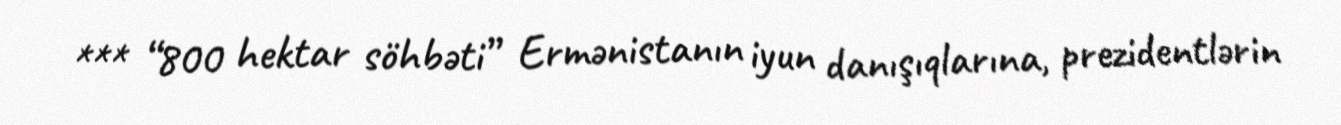
*** “800 hektar söhbəti” Ermənistanın iyun danışıqlarına, prezidentlərin